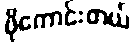
ပိုကောင်းတယ်